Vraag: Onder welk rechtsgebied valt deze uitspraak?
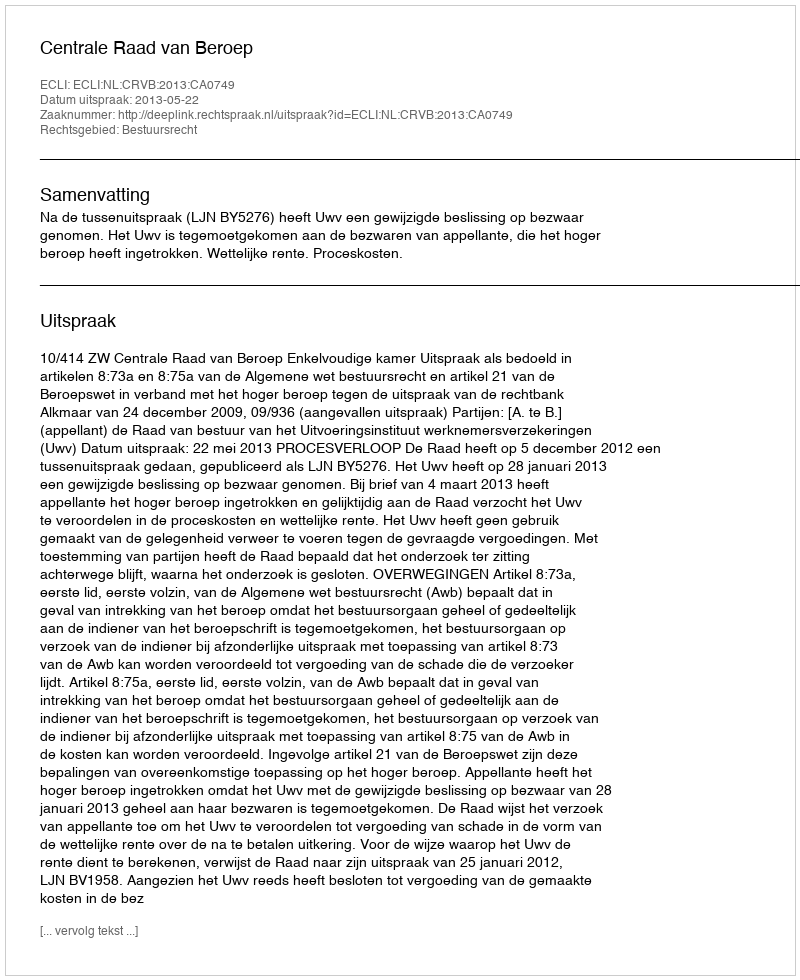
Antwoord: Bestuursrecht